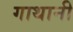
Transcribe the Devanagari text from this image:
गाथानी